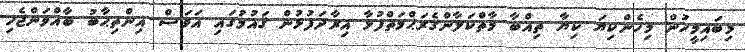
މިބައިމީހުން މިހެންކިޔަ ކިޔާ ތިއްބާ މާތްކަލާންގެރަޙްމަތްފުޅާ އިރާދަފުޅުން ޤައުމުގައި އަވަސް އިންތިޙާބު ބާއްވަންޖެހި